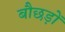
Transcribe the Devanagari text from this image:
बौछड़ों